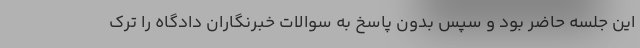
این جلسه حاضر بود و سپس بدون پاسخ به سوالات خبرنگاران دادگاه را ترک